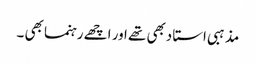
مذہبی استا دبھی تھے اور اچھے رہنما بھی ۔